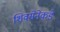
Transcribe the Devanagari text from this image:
शिवसेनेकडे